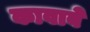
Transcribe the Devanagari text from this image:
कावाबे